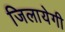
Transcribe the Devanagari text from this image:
जिलायेगी